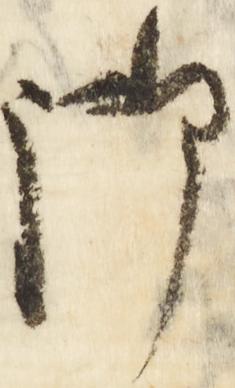
御